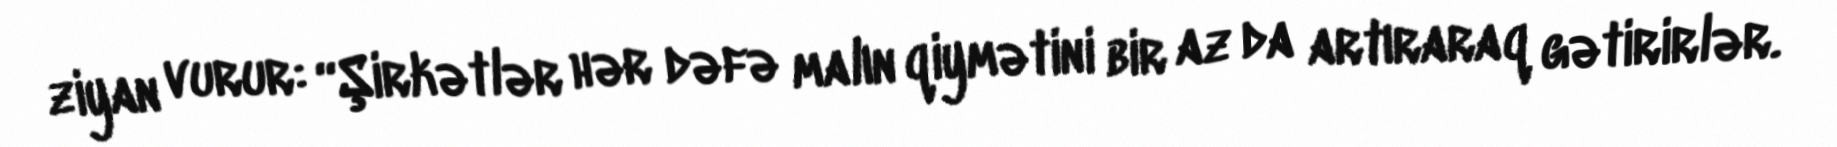
ziyan vurur: “Şirkətlər hər dəfə malın qiymətini bir az da artıraraq gətirirlər.